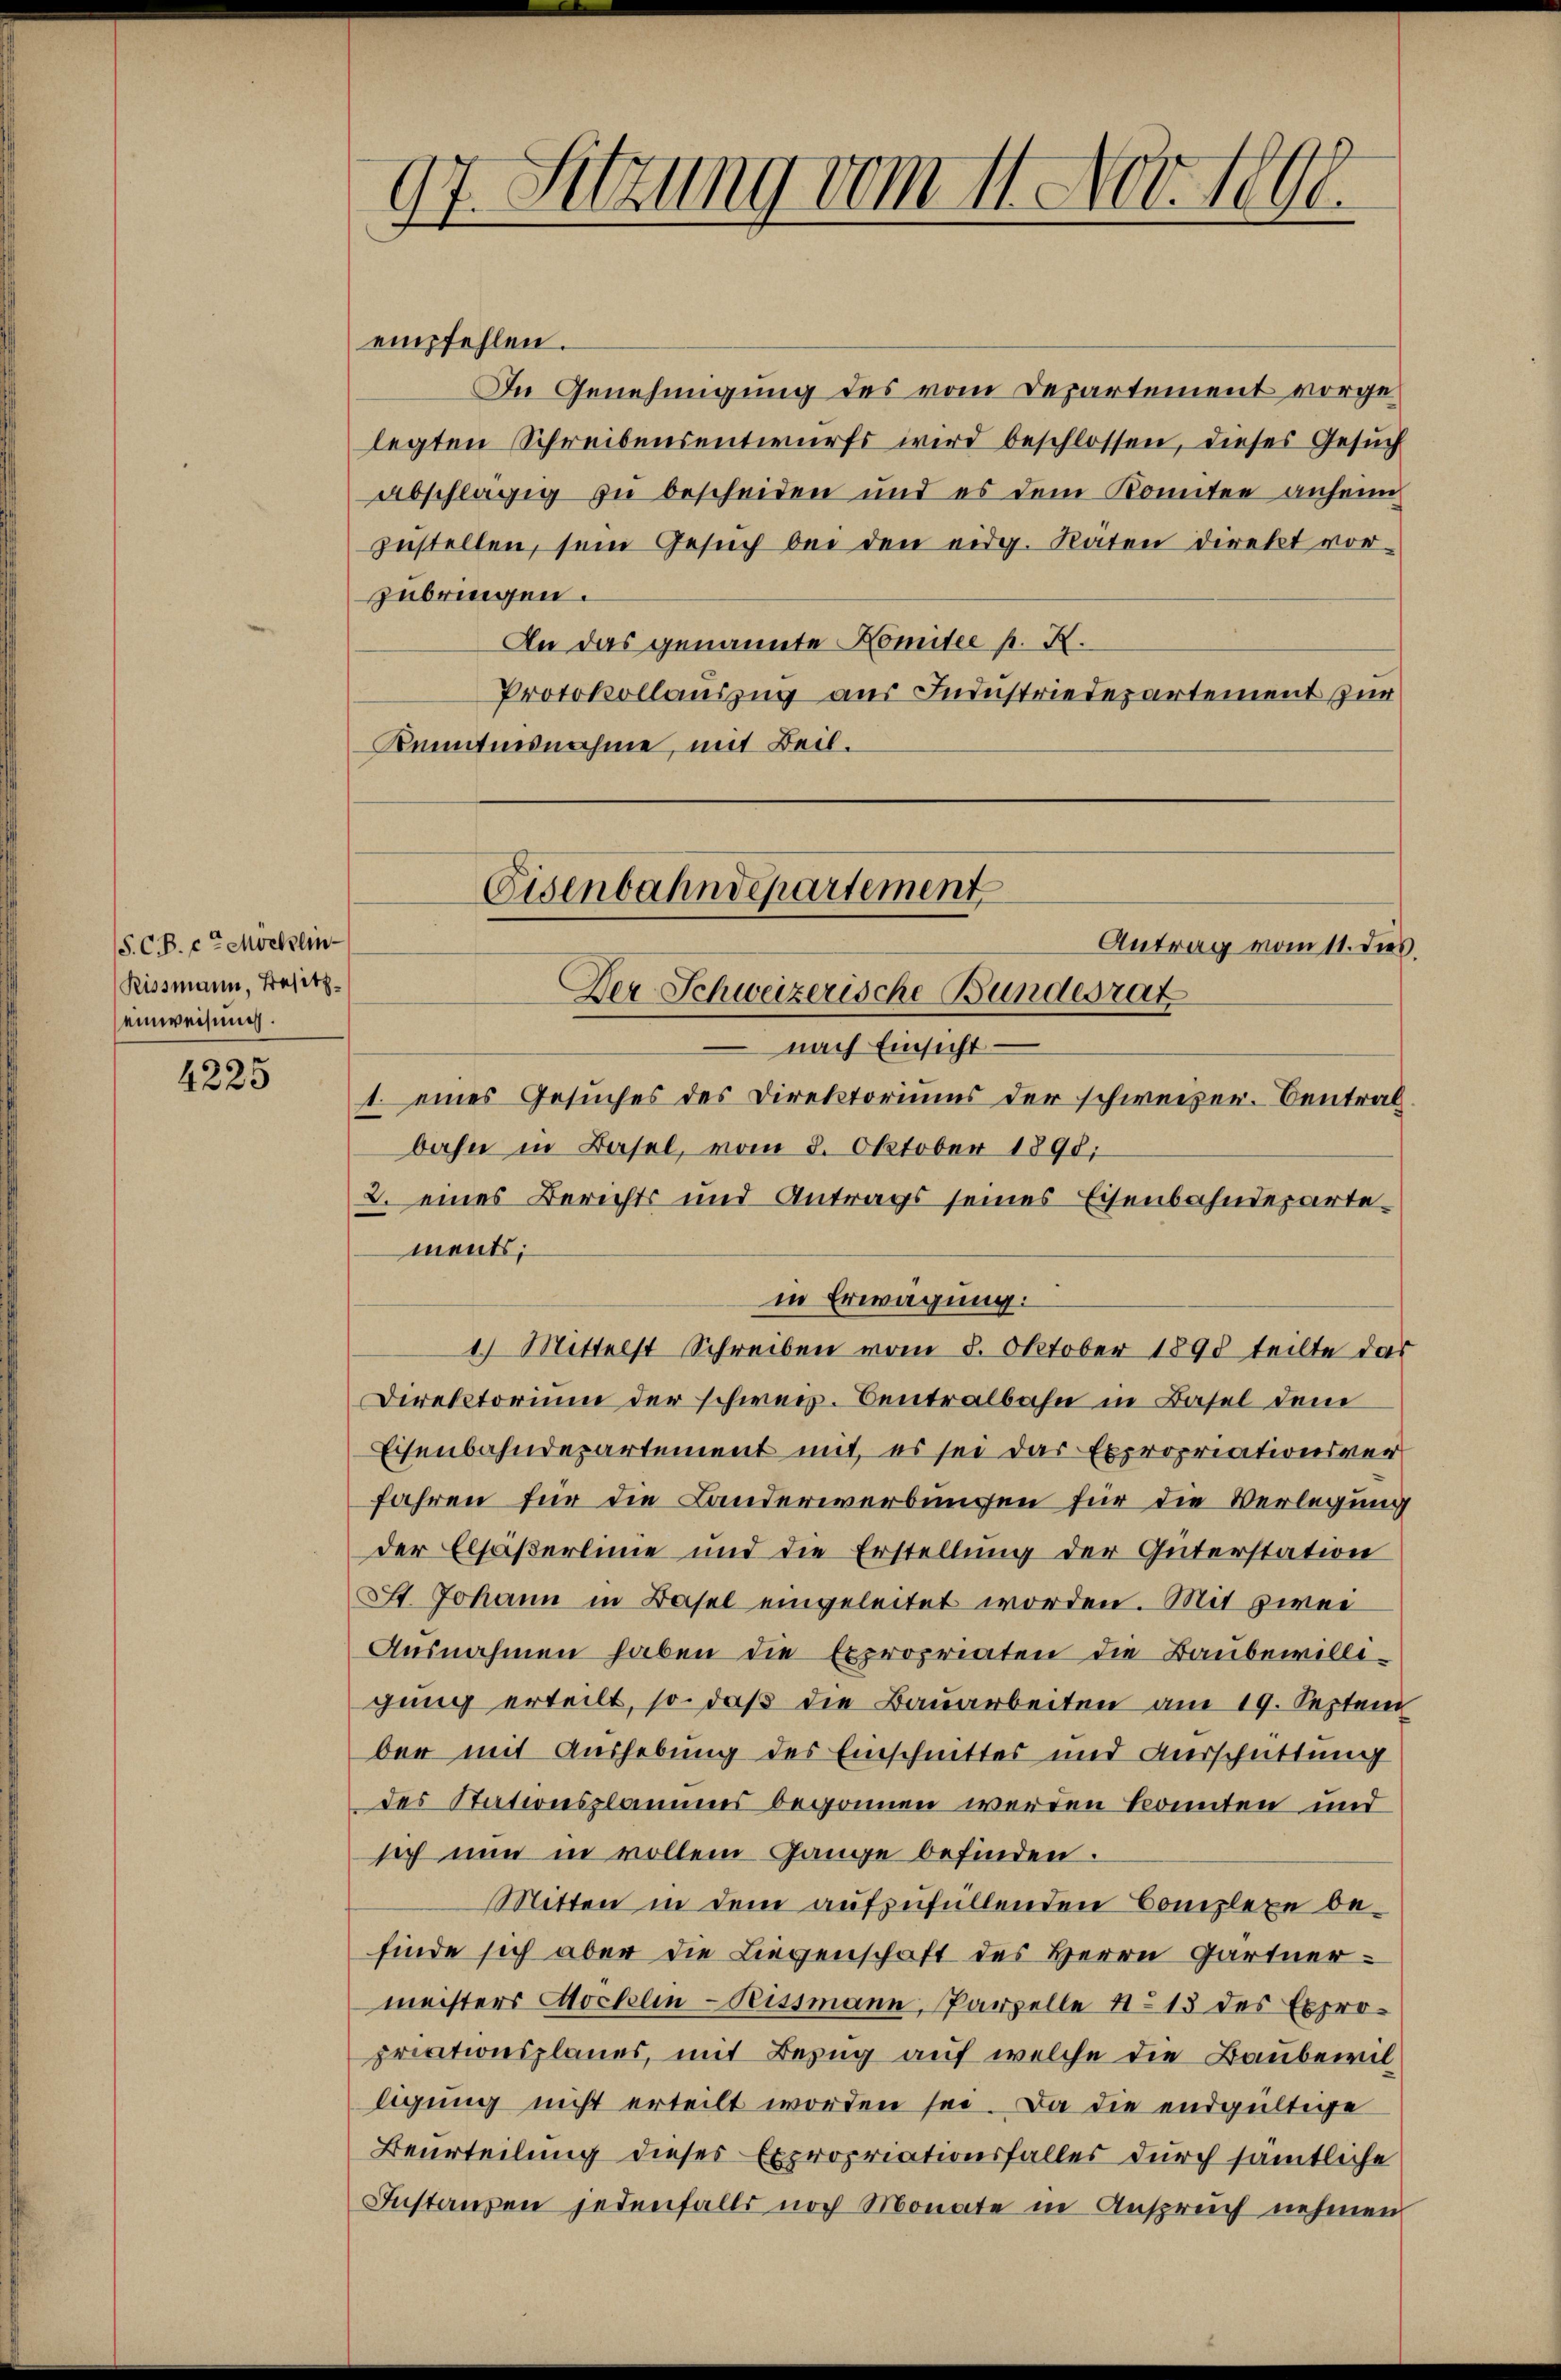
S. C. B. et Möcklin-
Rissmann, Besitz
einweisung.

4225

77. Sitzung vom 4. Nov. 1848.

empfehlen.
In Genehmigung des vom Departement vorgelegten Schreibensentwurfs wird beschlossen, dieses Gesuch
abschlägig zu bescheiden und es dem Konnten anheim
zustellen, sein Gesuch bei den eidg. Raten direkt vorzubringen.
An das genannte Komitee p. K.
Protokollauszug aus Industriedepartement zur
Kenntnisnahme, mit Beil.
nach Einsicht
1. eines Gesuches des Direktoriums der schweizer. Centralbahn in Basel, vom 8. Oktober 1890;
2. eines Berichts und Antrags seines Eisenbahndepartements;
in Erwägung:
1.) Mittelst Schreiben vom 8. Oktober 1890 teilte das
Direktorium der schwerz. Centralbahn in Basel dem
Eisenbahndepartement mit, es sei das Expropriationsverfahren für die Landerwerbungen für die Verlegung
der Elsaßerlinie und die Erstellung der Güterstation
St. Johann in Basel eingeleitet worden. Mit zwei
Ausnahmen haben die Expropriaten die Baubewilligung erteilt, so daß die Bauarbeiten am 19. Septem
ber mit Aushebung des Einschnittes und Auerschüttung
des Stationsplanes begonnen werden könnten und
sich nun in vollem Gange befinden.
Mitten in dem aufzufüllenden Complexe befinde sich aber die Liegenschaft des Herrn Gärtner-
meisters Möcklin-Rissmann, Parzelle No 13 des Expropriationsplanes, mit Bezug auf welche die Baubewilligung nicht erteilt worden sei. Da die endgültige
Beurteilung dieses Expropriationsfalles durch sämtliche
Instanzen jedenfalls noch Monate in Anspruch nehmen

Eisenbahndepartement
Antrag vom 11. dies
Der Schweizerische Bundesrat